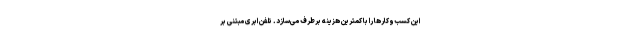
این کسب‌وکارها را با کمترین هزینه برطرف می‌سازد. تلفن ابری مبتنی بر